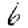
Digit: 6